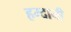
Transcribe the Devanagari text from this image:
हम्दानी